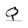
Character: Q